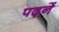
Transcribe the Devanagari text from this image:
पढ़नें